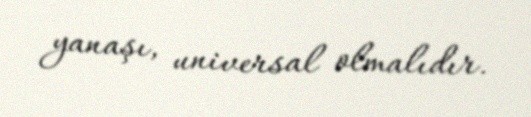
yanaşı, universal olmalıdır.